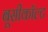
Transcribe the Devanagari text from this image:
बूसीकॉल्ट